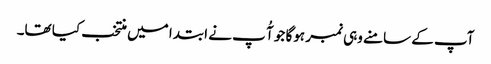
آپ کے سامنے وہی نمبر ہوگا جو آُ پ نے ابتدا میں منتخب کیا تھا۔